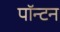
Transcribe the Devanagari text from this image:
पॉन्टन